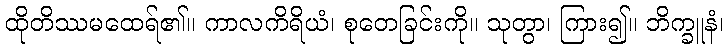
ထိုတိဿမထေရ်၏။ ကာလကိရိယံ၊ စုတေခြင်းကို။ သုတွာ၊ ကြား၍။ ဘိက္ခူနံ၊